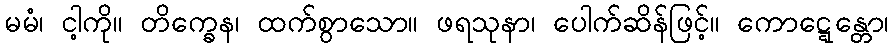
မမံ၊ ငါ့ကို။ တိက္ခေန၊ ထက်စွာသော။ ဖရသုနာ၊ ပေါက်ဆိန်ဖြင့်။ ကောဋ္ဋေန္တော၊